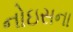
નોઇસના